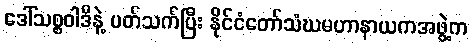
ဒေါ်သစ္စဝါဒီနဲ့ ပတ်သက်ပြီး နိုင်ငံတော်သံဃမဟာနာယကအဖွဲ့က